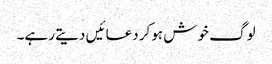
لوگ خوش ہوکر دعائیں دیتے رہے۔